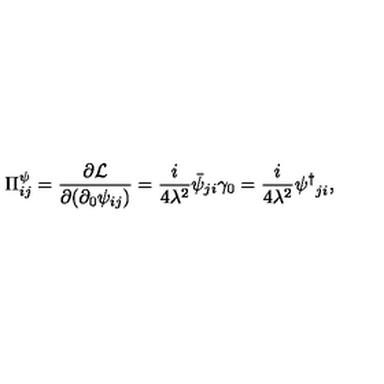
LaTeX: \Pi _ { i j } ^ { \psi } = \frac { \partial { \cal L } } { \partial ( \partial _ { 0 } \psi _ { i j } ) } = \frac { i } { 4 \lambda ^ { 2 } } \bar { \psi } _ { j i } \gamma _ { 0 } = \frac { i } { 4 \lambda ^ { 2 } } { { \psi } ^ { \dagger } } _ { j i } ,